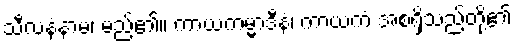
သီလနံနာမ၊ မည်၏။ ကာယကမ္မာဒီနံ၊ ကာယကံ အစရှိသည်တို့၏